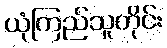
ယုံကြည်သူတိုင်း